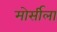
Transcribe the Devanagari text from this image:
मोर्सीला